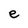
Character: e